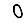
Digit: 0